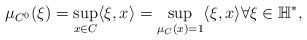
LaTeX: \begin{align*}\mu_{C^0} (\xi ) = \sup_{x\in C} \langle \xi, x\rangle = \sup_{\mu_C(x)=1} \langle \xi, x\rangle \forall \xi\in \mathbb{H}^*,\end{align*}